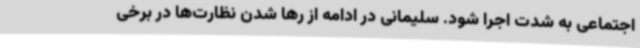
اجتماعی به شدت اجرا شود. سلیمانی در ادامه از رها شدن نظارت‌ها در برخی